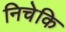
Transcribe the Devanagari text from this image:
निचेकि